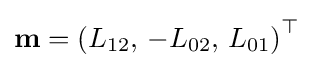
\mathbf {m} =\left(L_{12},\,-L_{02},\,L_{01}\right)^{\top }